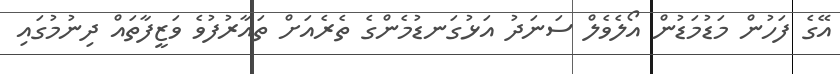
އޭގެ ފަހުން މަޑުމަޑުން އޯލެވެލް ސަނަދު އަޅުގަނޑުމެންގެ ތެރެއަށް ތައާރުފުވެ ވަޒީފާތައް ދިނުމުގައި